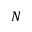
N